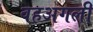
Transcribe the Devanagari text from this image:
वहअगली